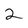
Character: 2